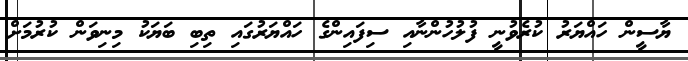
ޔާސީން ހައްޔަރު ކުރެވުނީ ފުލުހުންނާއި ސިފައިންގެ ހައްޔަރުގައި ތިބި ބަޔަކު މިނިވަން ކުރުމަށް